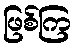
ဖြစ်ကြ